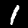
Digit: 1